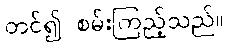
တင်၍ စမ်းကြည့်သည်။